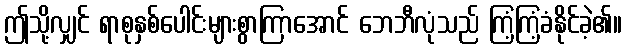
ဤသို့လျှင် ရာစုနှစ်ပေါင်းများစွာကြာအောင် ဘေဘီလုံသည် ကြံ့ကြံ့ခံနိုင်ခဲ့၏။